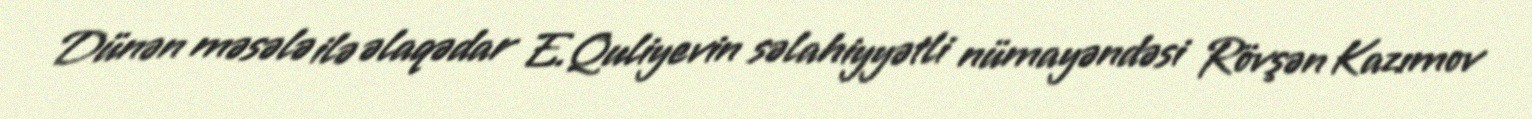
Dünən məsələ ilə əlaqədar E.Quliyevin səlahiyyətli nümayəndəsi Rövşən Kazımov